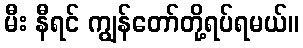
မီး နီရင် ကျွန်တော်တို့ရပ်ရမယ်။